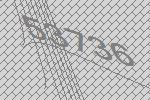
53736